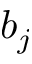
b _ { j }